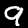
Digit: 9